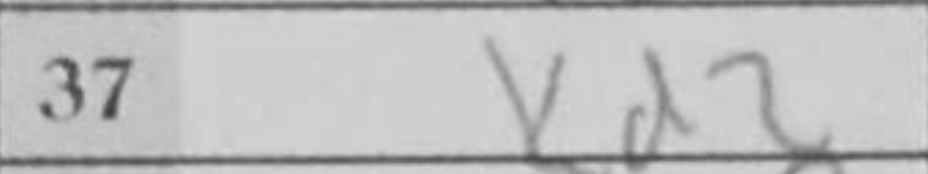
Transcription: Kd2